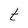
Character: t